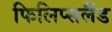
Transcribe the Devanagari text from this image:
फिलिप्सलैंड